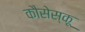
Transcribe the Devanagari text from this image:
कौसेस्कू